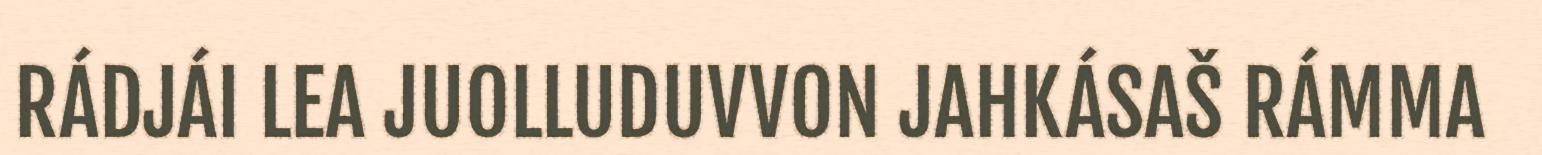
RÁDJÁI LEA JUOLLUDUVVON JAHKÁSAŠ RÁMMA